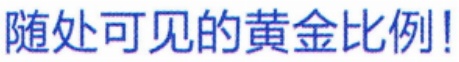
随处可见的黄金比例!